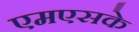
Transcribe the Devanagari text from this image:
एमएसके